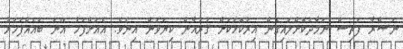
ނަޞްރާ ފަތިސް ނަމާދުކޮށްލައިގެން އިރުކޮޅަކަށް ޤުރުއާން ކިޔަވަން އިނެވެ. އެއަށްފަހު އޭނަ ބައެއްފަހަރު